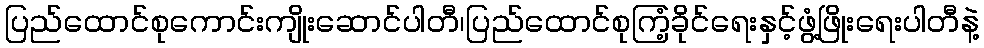
ပြည်ထောင်စုကောင်းကျိုးဆောင်ပါတီ၊ပြည်ထောင်စုကြံ့ခိုင်ရေးနှင့်ဖွံ့ဖြိုးရေးပါတီနဲ့